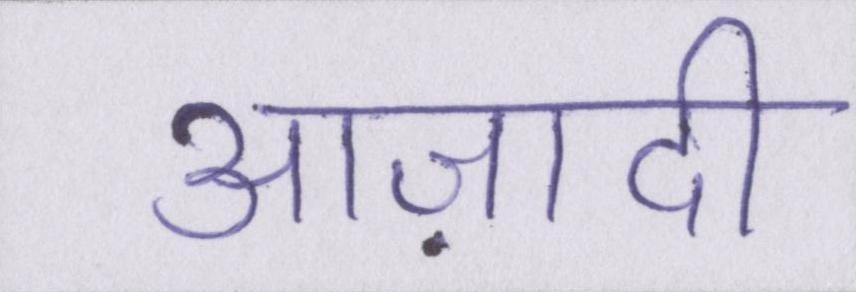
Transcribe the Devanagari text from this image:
आज़ादी